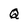
Character: Q